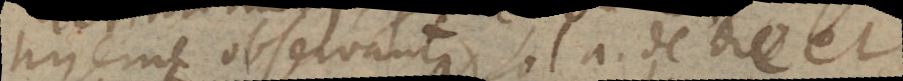
hyeme observantur, sol a. de die et